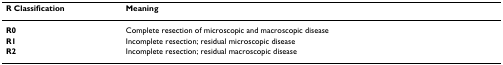
<table><thead><tr><td><b>R Classification</b></td><td><b>Meaning</b></td></tr></thead><tbody><tr><td><b>R0</b></td><td>Complete resection of microscopic and macroscopic disease</td></tr><tr><td><b>R1</b></td><td>Incomplete resection; residual microscopic disease</td></tr><tr><td><b>R2</b></td><td>Incomplete resection; residual macroscopic disease</td></tr></tbody></table>